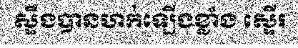
ស្ទឹងបានហក់ឡើងខ្លាំង ស្ទើរ